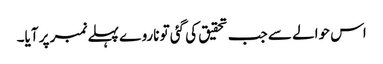
اس حوالے سے جب تحقیق کی گئی تو ناروے پہلے نمبر پر آیا۔